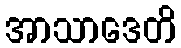
အာသာဒေတိ